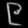
Digit: ၉